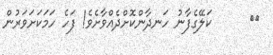
٥٥      ކަލޭގެފާނު ހަނދާންކޮށްދެއްވާށެވެ! ފަހެ ހަމަކަށަވަރުން